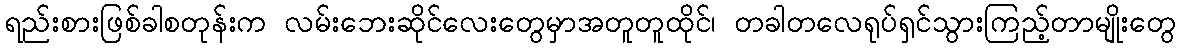
ရည်းစားဖြစ်ခါစတုန်းက လမ်းဘေးဆိုင်လေးတွေမှာအတူတူထိုင်၊ တခါတလေရုပ်ရှင်သွားကြည့်တာမျိုးတွေ